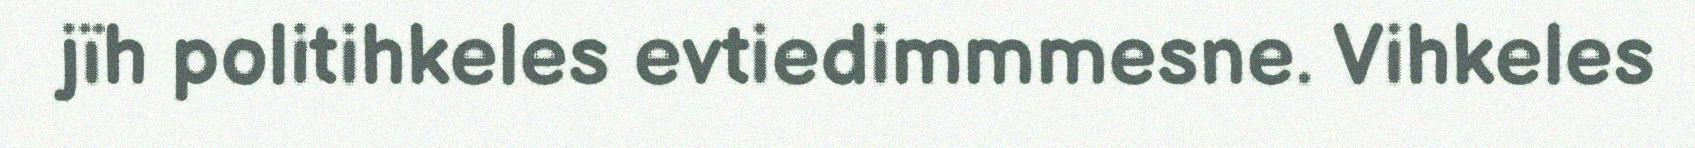
jïh politihkeles evtiedimmmesne. Vihkeles